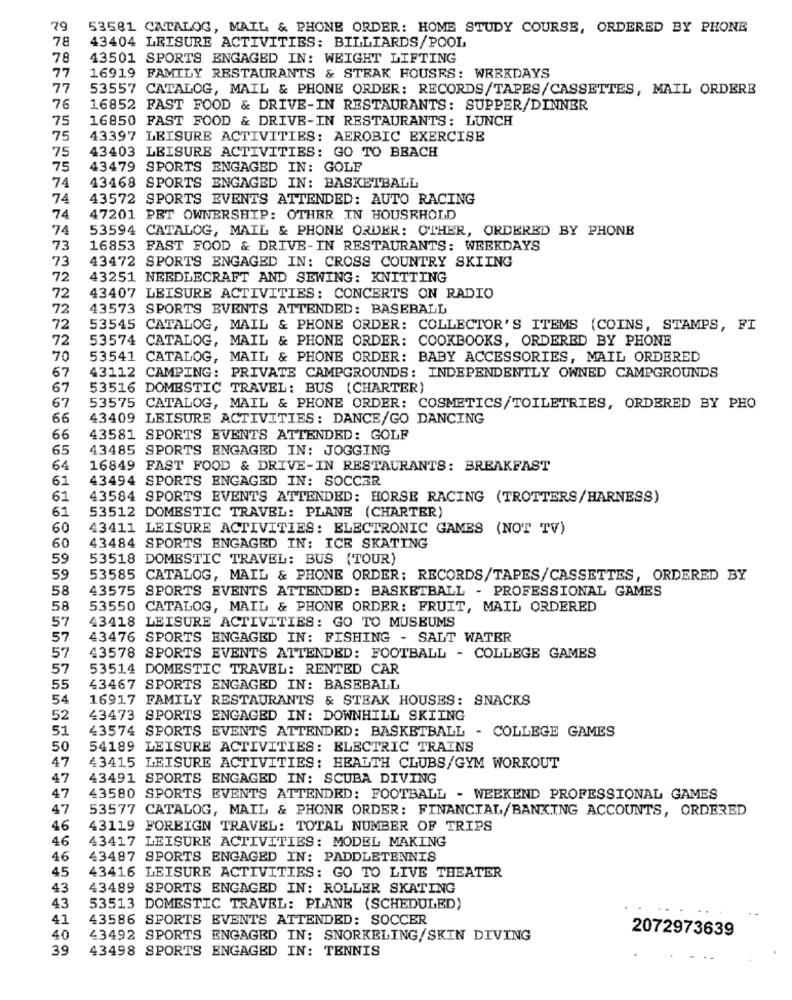
79
53581 CATALOG, MAIL & PHONE ORDER: HOME STUDY COURSE, ORDERED BY PHONE
78
43404 LEISURE ACTIVITIES: BILLIARDS/POOL
78
43501 SPORTS ENGAGED IN: WEIGHT LIFTING
77
16919 FAMILY RESTAURANTS & STRAK HOUSES: WERKDAYS
77
53557 CATALOG, MAIL & PHONE ORDER: RECORDS/TAPES/CASSETTES, MAIL ORDERE
76
16852 FAST FOOD & DRIVE-IN RESTAURANTS: SUPPER/DINNER
75
16850 FAST FOOD & DRIVE-IN RESTAURANTS: LUNCH
75
43397 LEISURE ACTIVITIES: AEROBIC EXERCISE
75
43403 LEISURE ACTIVITIES: GO TO BEACH
75
43479 SPORTS ENGAGED IN: GOLF
74
13468 SPORTS ENGAGED IN: BASKETBALL
74
43572 SPORTS EVENTS ATTENDED: AUTO RACING
74
47201 PET OWNERSHIP: OTHER IN HOUSEHOLD
74
53594 CATALOG, MAIL & PHONE ORDER: OTHER, ORDERED BY PHONE
73
16853 FAST FOOD & DRIVE-IN RESTAURANTS: WEEKDAYS
73
43472 SPORTS ENGAGED IN: CROSS COUNTRY SKIING
72
43251 NEEDLECRAFT AND SEWING: KNITTING
72
43407 LEISURE ACTIVITIES: CONCERTS ON RADIO
72
43573 SPORTS EVENTS ATTENDED: BASEBALL
72
53545 CATALOG, MAIL & PHONE ORDER: COLLECTOR'S ITEMS (COINS, STAMPS, FI
72
53574 CATALOG, MAIL & PHONE ORDER: COOKBOOKS, ORDERED BY PHONE
70
53541 CATALOG, MAIL & PHONE ORDER: BABY ACCESSORIES, MAIL ORDERED
67
43112 CAMPING: PRIVATE CAMPGROUNDS: INDEPENDENTLY OWNED CAMPGROUNDS
67
53516 DOMESTIC TRAVEL: BUS (CHARTER)
67
53575 CATALOG, MAIL & PHONE ORDER: COSMETICS/TOILETRIES, ORDERED BY PHO
66
43409 LEISURE ACTIVITIES: DANCE/GO DANCING
66
43581 SPORTS EVENTS ATTENDED: GOLF
65
43485 SPORTS ENGAGED IN: JOGGING
64
16849 FAST FOOD & DRIVE-IN RESTAURANTS: BREAKFAST
61
43494 SPORTS ENGAGED IN: SOCCER
61
43584 SPORTS EVENTS ATTENDED: HORSE RACING (TROTTERS/HARNESS)
61
53512 DOMESTIC TRAVEL: PLANE (CHARTER)
60
43411 LEISURE ACTIVITIES: ELECTRONIC GAMES (NOT TV)
60
43484 SPORTS ENGAGED IN: ICE SKATING
59
53518 DOMESTIC TRAVEL: BUS (TOUR)
59
53585 CATALOG, MAIL & PHONE ORDER: RECORDS/TAPES/CASSETTES, ORDERED BY
58
43575 SPORTS EVENTS ATTENDED: BASKETBALL - PROFESSIONAL GAMES
58
53550 CATALOG, MAIL & PHONE ORDER: FRUIT, MAIL ORDERED
43418 LEISURE ACTIVITIES: GO TO MUSEUMS
57
57
43476 SPORTS ENGAGED IN: FISHING - SALT WATER
57
43578 SPORTS EVENTS ATTENDED: FOOTBALL - COLLEGE GAMES
57
53514 DOMESTIC TRAVEL: RENTED CAR
55
£3467 SPORTS ENGAGED IN: BASEBALL
54
16917 FAMILY RESTAURANTS & STEAK HOUSES: SNACKS
52
43473 SPORTS ENGAGED IN: DOWNHILL SKIING
51
43574 SPORTS EVENTS ATTENDED: BASKETBALL - COLLEGE GAMES
50
54189 LEISURE ACTIVITIES: ELECTRIC TRAINS
47
43415 LEISURE ACTIVITIES: HEALTH CLUBS/GYM WORKOUT
47
43491 SPORTS ENGAGED IN: SCUBA DIVING
47
43580 SPORTS EVENTS ATTENDED: FOOTBALL - WEEKEND PROFESSIONAL GAMES
47
53577 CATALOG, MAIL & PHONE ORDER: FINANCIAL/BANKING ACCOUNTS, ORDERED
46
43119 FOREIGN TRAVEL: TOTAL NUMBER OF TRIPS
46
43417 LEISURE ACTIVITIES: MODEL MAKING
46
43487 SPORTS ENGAGED IN: PADDLETENNIS
45
43416 LEISURE ACTIVITIES: GO TO LIVE THEATER
43
43489 SPORTS ENGAGED IN: ROLLER SKATING
43
53513 DOMESTIC TRAVEL: PLANE (SCHEDULED)
41
43586 SPORTS EVENTS ATTENDED: SOCCER
2072973639
40
43492 SPORTS ENGAGED IN: SNORKELING/SKIN DIVING
39
43498 SPORTS ENGAGED IN: TENNIS